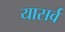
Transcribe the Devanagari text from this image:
यासर्व